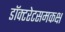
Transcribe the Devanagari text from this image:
डॉक्टरेटसमकक्ष